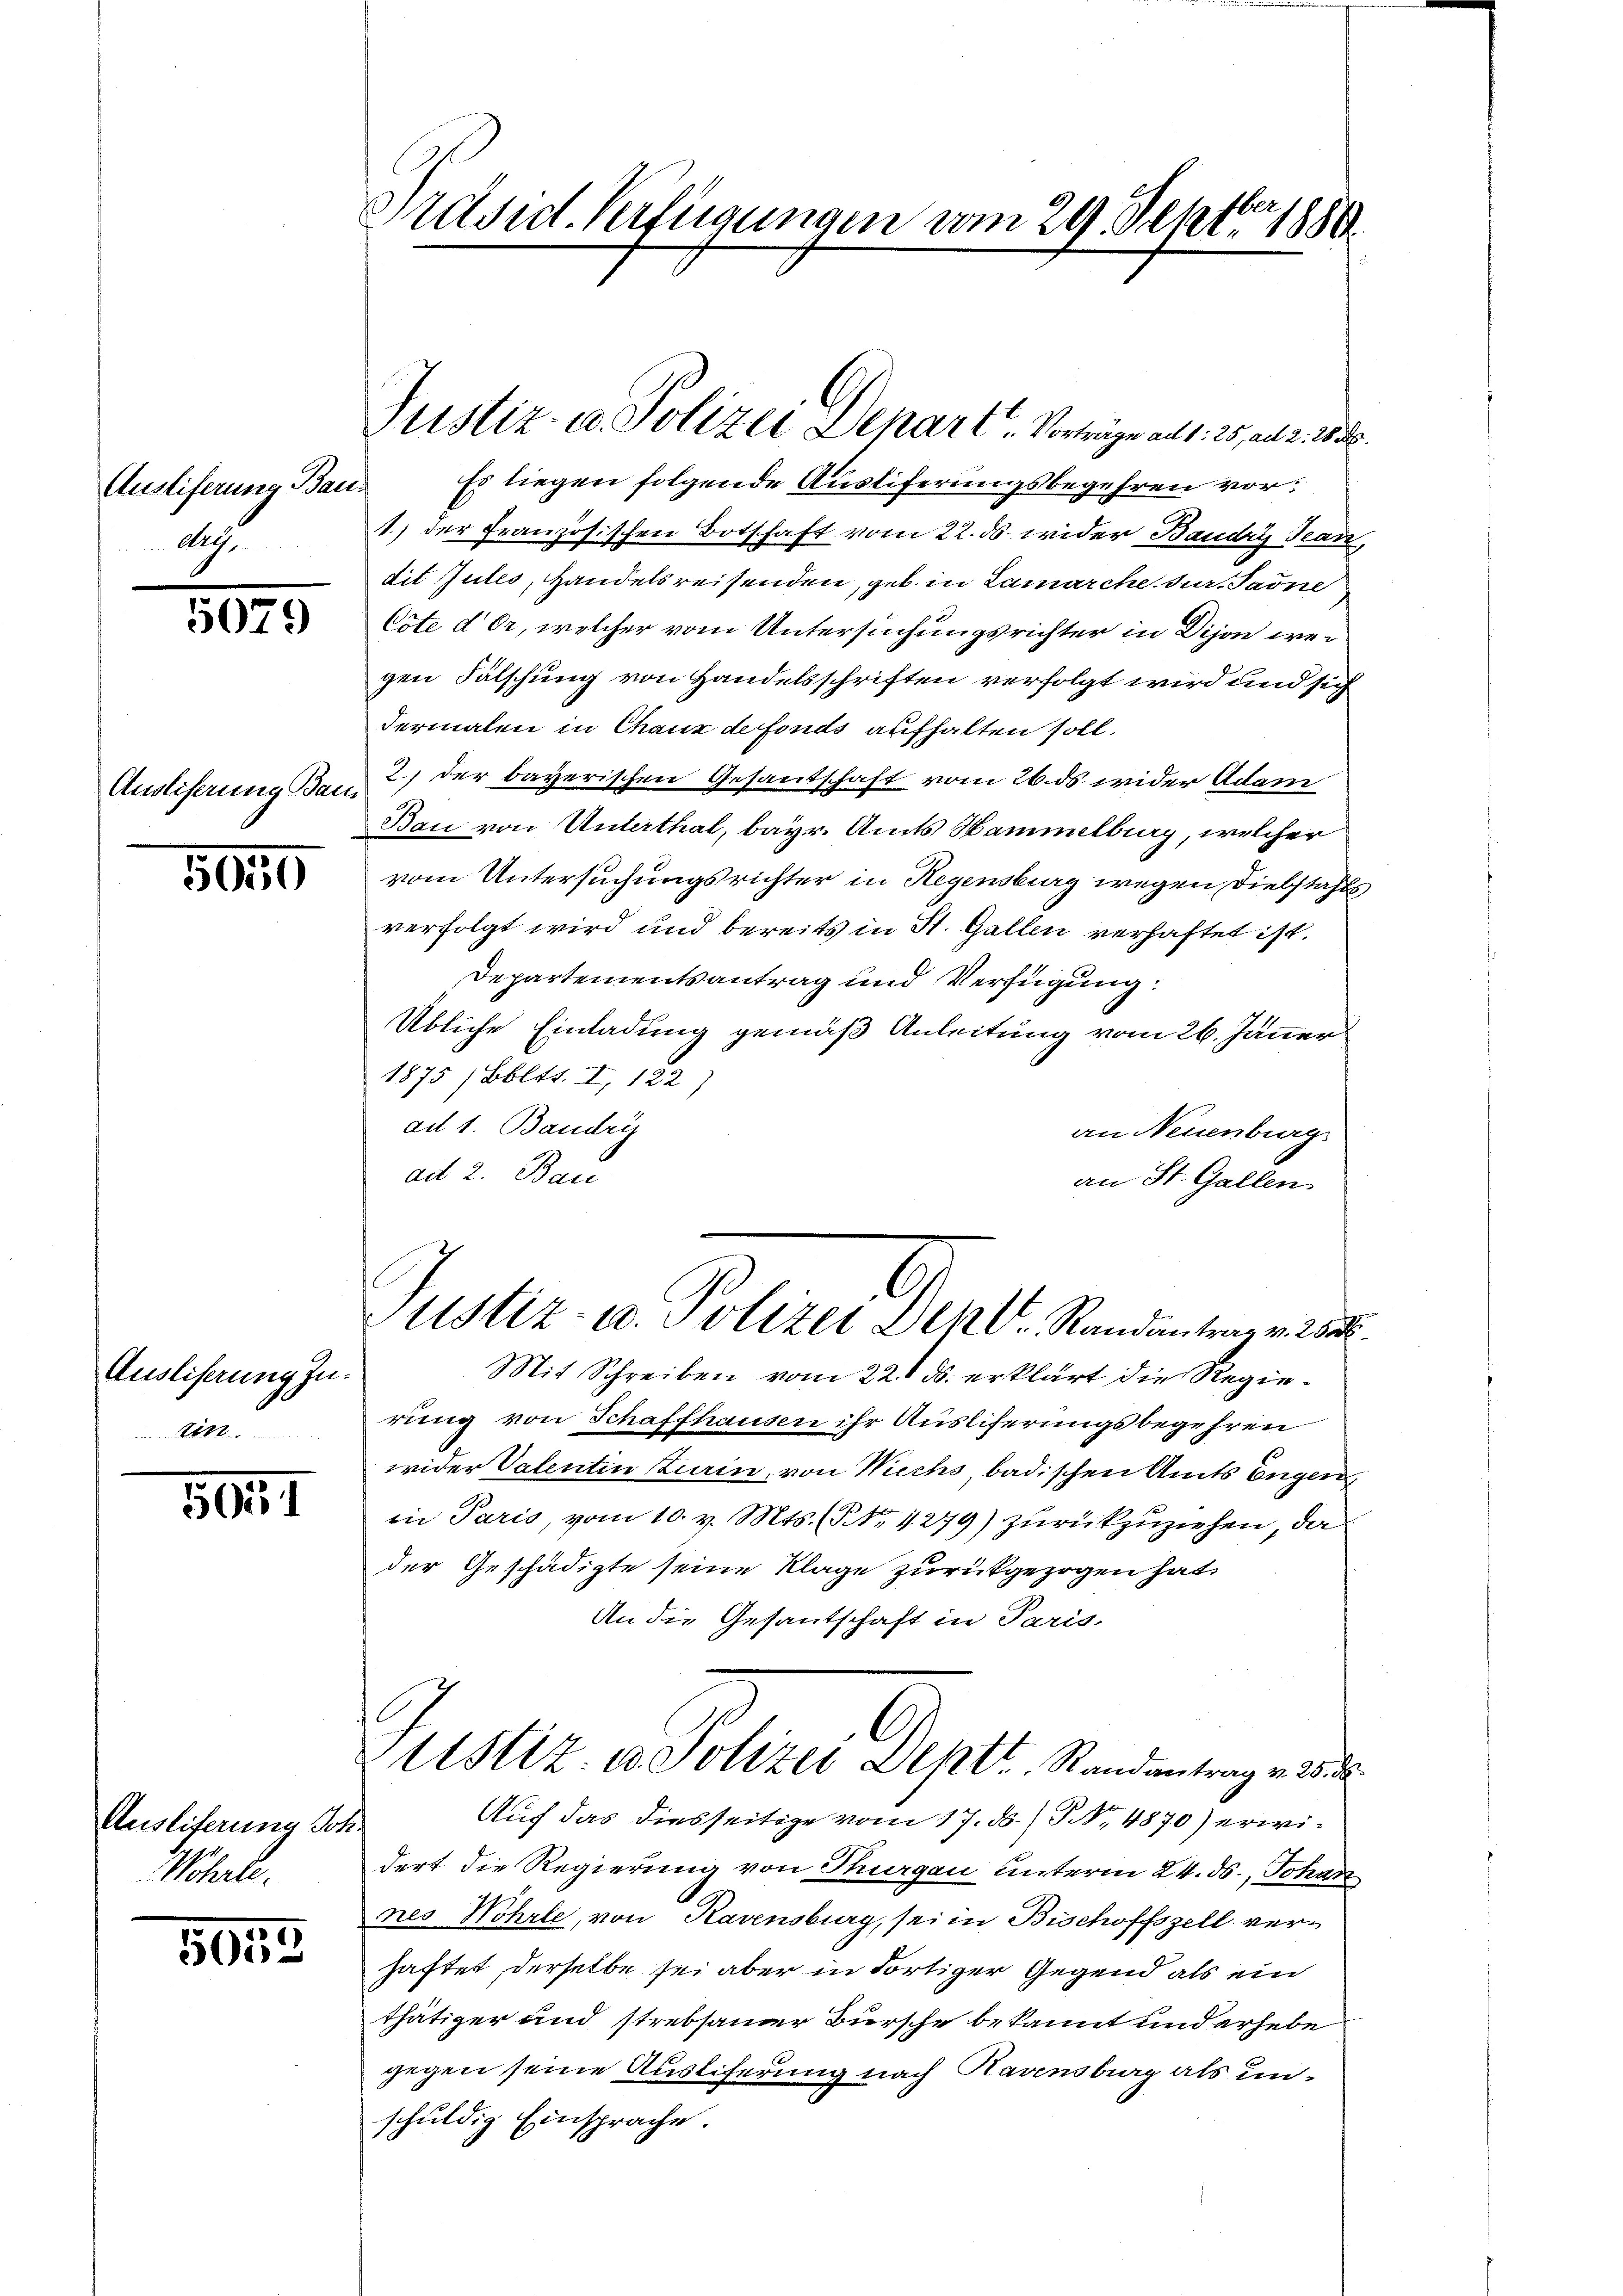
Austiferung Bau¬
Aug.

5079

Ausliferung Bau

5050

Ausliserung zu.
tin

3024

Ausliferung Joh.
Wöhrte.

5053.

Präsid. Verfügungen vom 29. Septbr 1880

Justiz- u. Polizei Depart. Vortrage ad 1. 25, ad 2. 18 .

Es liegen folgende Austiferungsbegehren vor¬
1) der Französischen Botschaft vom 22. ds. wider Baudry Tearz
dit Zutes, Handelsreisenden, geb. in Lamarche der Sarne
Cote der, welcher vom Untersuchungsrichter in Dijon weigen Fälschung von Handelsschriften verfolgt wird und sich
dermalen in Chaux de fonds aufhalten soll.
2.) der bayerischen Gesandschaft vom 26. ds. wider Adam
Bau von Unterthal, bayr. Amts Hammelburg, welcher
vom Untersuchungsrichter in Hegensburg wegen Diebstahls
verfolgt wird und bereits in St. Gallen verhaftet ist.
Departementsantrag und Verfügung:
Übliche Einladung gemäß Anleitung vom 26. Jänner
1875 / Bbltt. I, 122
ad 1. Baudry
an Neuenburg
ad 2. Bau
an St. Gallen
Justiz- u. Polizei Dehl. Randantrag v. 28
Mit Schreiben vom 22. ds. erklärt die Regierung von Schaffhausen ihr Ausliferungsbegehren
wider Valenten zurin, von Wechs, badischen Amts Eugen,
in Paris, vom 10. v. Mts. (NNo. 4279) zurückzuziehen, da
der Geschädigte seine Klage zurückgezogen hat,
An die Gesantschaft in Paris-
C
Ustiz- u. Polizei Deptt. Randantrag v. 28. d.
Auf das diesseitige vom 17. ds. / NNo. 4870) erwidert die Regierung von Thurgau unterm 24. ds., Johan
nes Hohrle, von Ravensburg, sei in Bischoffszell verhaftet, derselbe sei aber in dortiger Gegend als ein
thätiger und strebsamer Bursche bekannt und erhebe
gegen seine Auslieferung nach Havensburg als unschuldig Einsprache.